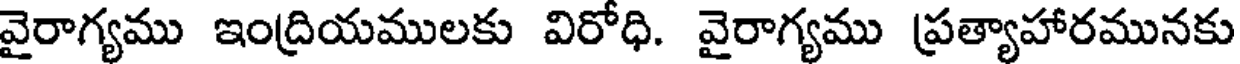
వైరాగ్యము ఇంద్రియములకు విరోధి. వైరాగ్యము ప్రత్యాహారమునకు